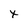
Character: x